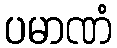
ပမာဏံ